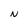
Character: N